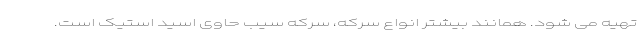
تهیه می شود. همانند بیشتر انواع سرکه، سرکه سیب حاوی اسید استیک است.